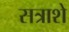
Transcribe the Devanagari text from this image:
सत्राशे